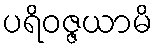
ပရိဝဇ္ဇယာမိ